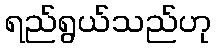
ရည်ရွယ်သည်ဟု